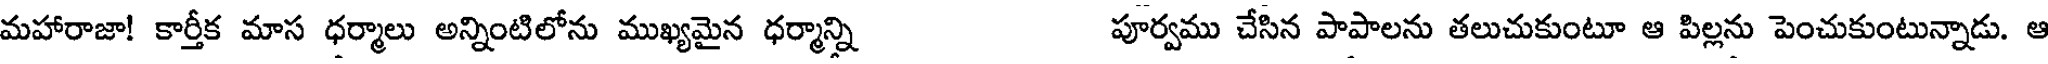
మహారాజా! కార్తీక మాస ధర్మాలు అన్నింటిలోను ముఖ్యమైన ధర్మాన్ని పూర్వము చేసిన పాపాలను తలుచుకుంటూ ఆ పిల్లను పెంచుకుంటున్నాడు. ఆ